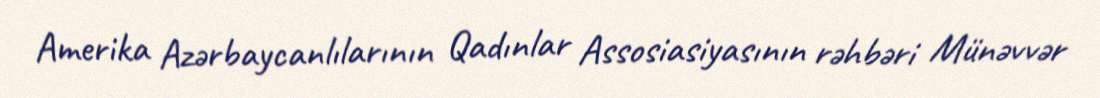
Amerika Azərbaycanlılarının Qadınlar Assosiasiyasının rəhbəri Münəvvər